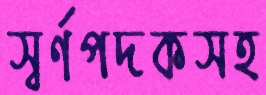
স্বর্ণপদকসহ